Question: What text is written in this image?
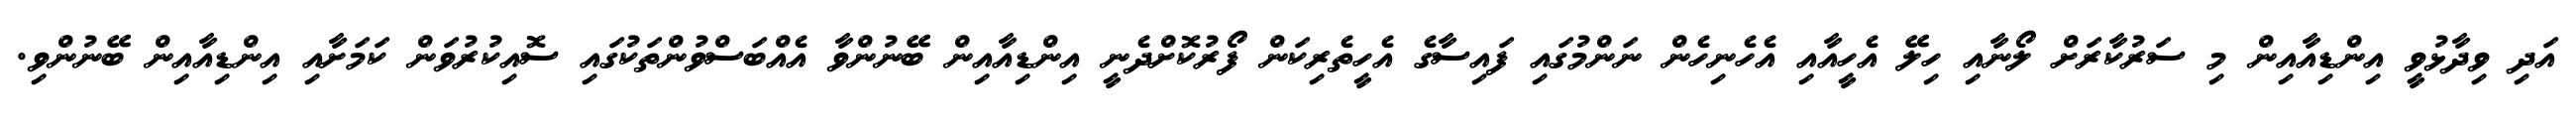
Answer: އަދި ވިދާޅުވީ އިންޑިއާއިން މި ސަރުކާރަށް ލޯނާއި ހިލޭ އެހީއާއި އެހެނިހެން ނަންމުގައި ފައިސާގެ އެހީތެރިކަން ފޯރުކޮށްދެނީ އިންޑިއާއިން ބޭނުންވާ އެއްބަސްވުންތަކުގައި ސޮއިކުރުވަން ކަމަށާއި އިންޑިއާއިން ބޭނުންވި.